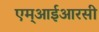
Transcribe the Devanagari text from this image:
एम्आईआरसी